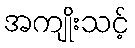
အကျိုးသင့်